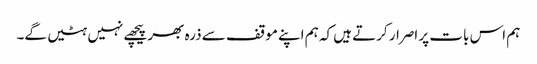
ہم اس بات پر اصرار کرتے ہیں کہ ہم اپنے موقف سے ذرہ بھر پیچھے نہیں ہٹیں گے۔